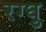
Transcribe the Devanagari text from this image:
रग्घु